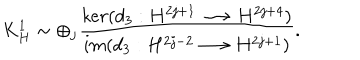
K _ { H } ^ { 1 } \sim \oplus _ { j } \frac { k e r ( d _ { 3 } : H ^ { 2 j + 1 } \longrightarrow H ^ { 2 j + 4 } ) } { i m ( d _ { 3 } : H ^ { 2 j - 2 } \longrightarrow H ^ { 2 j + 1 } ) } .